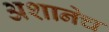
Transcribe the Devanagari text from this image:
अशानेच